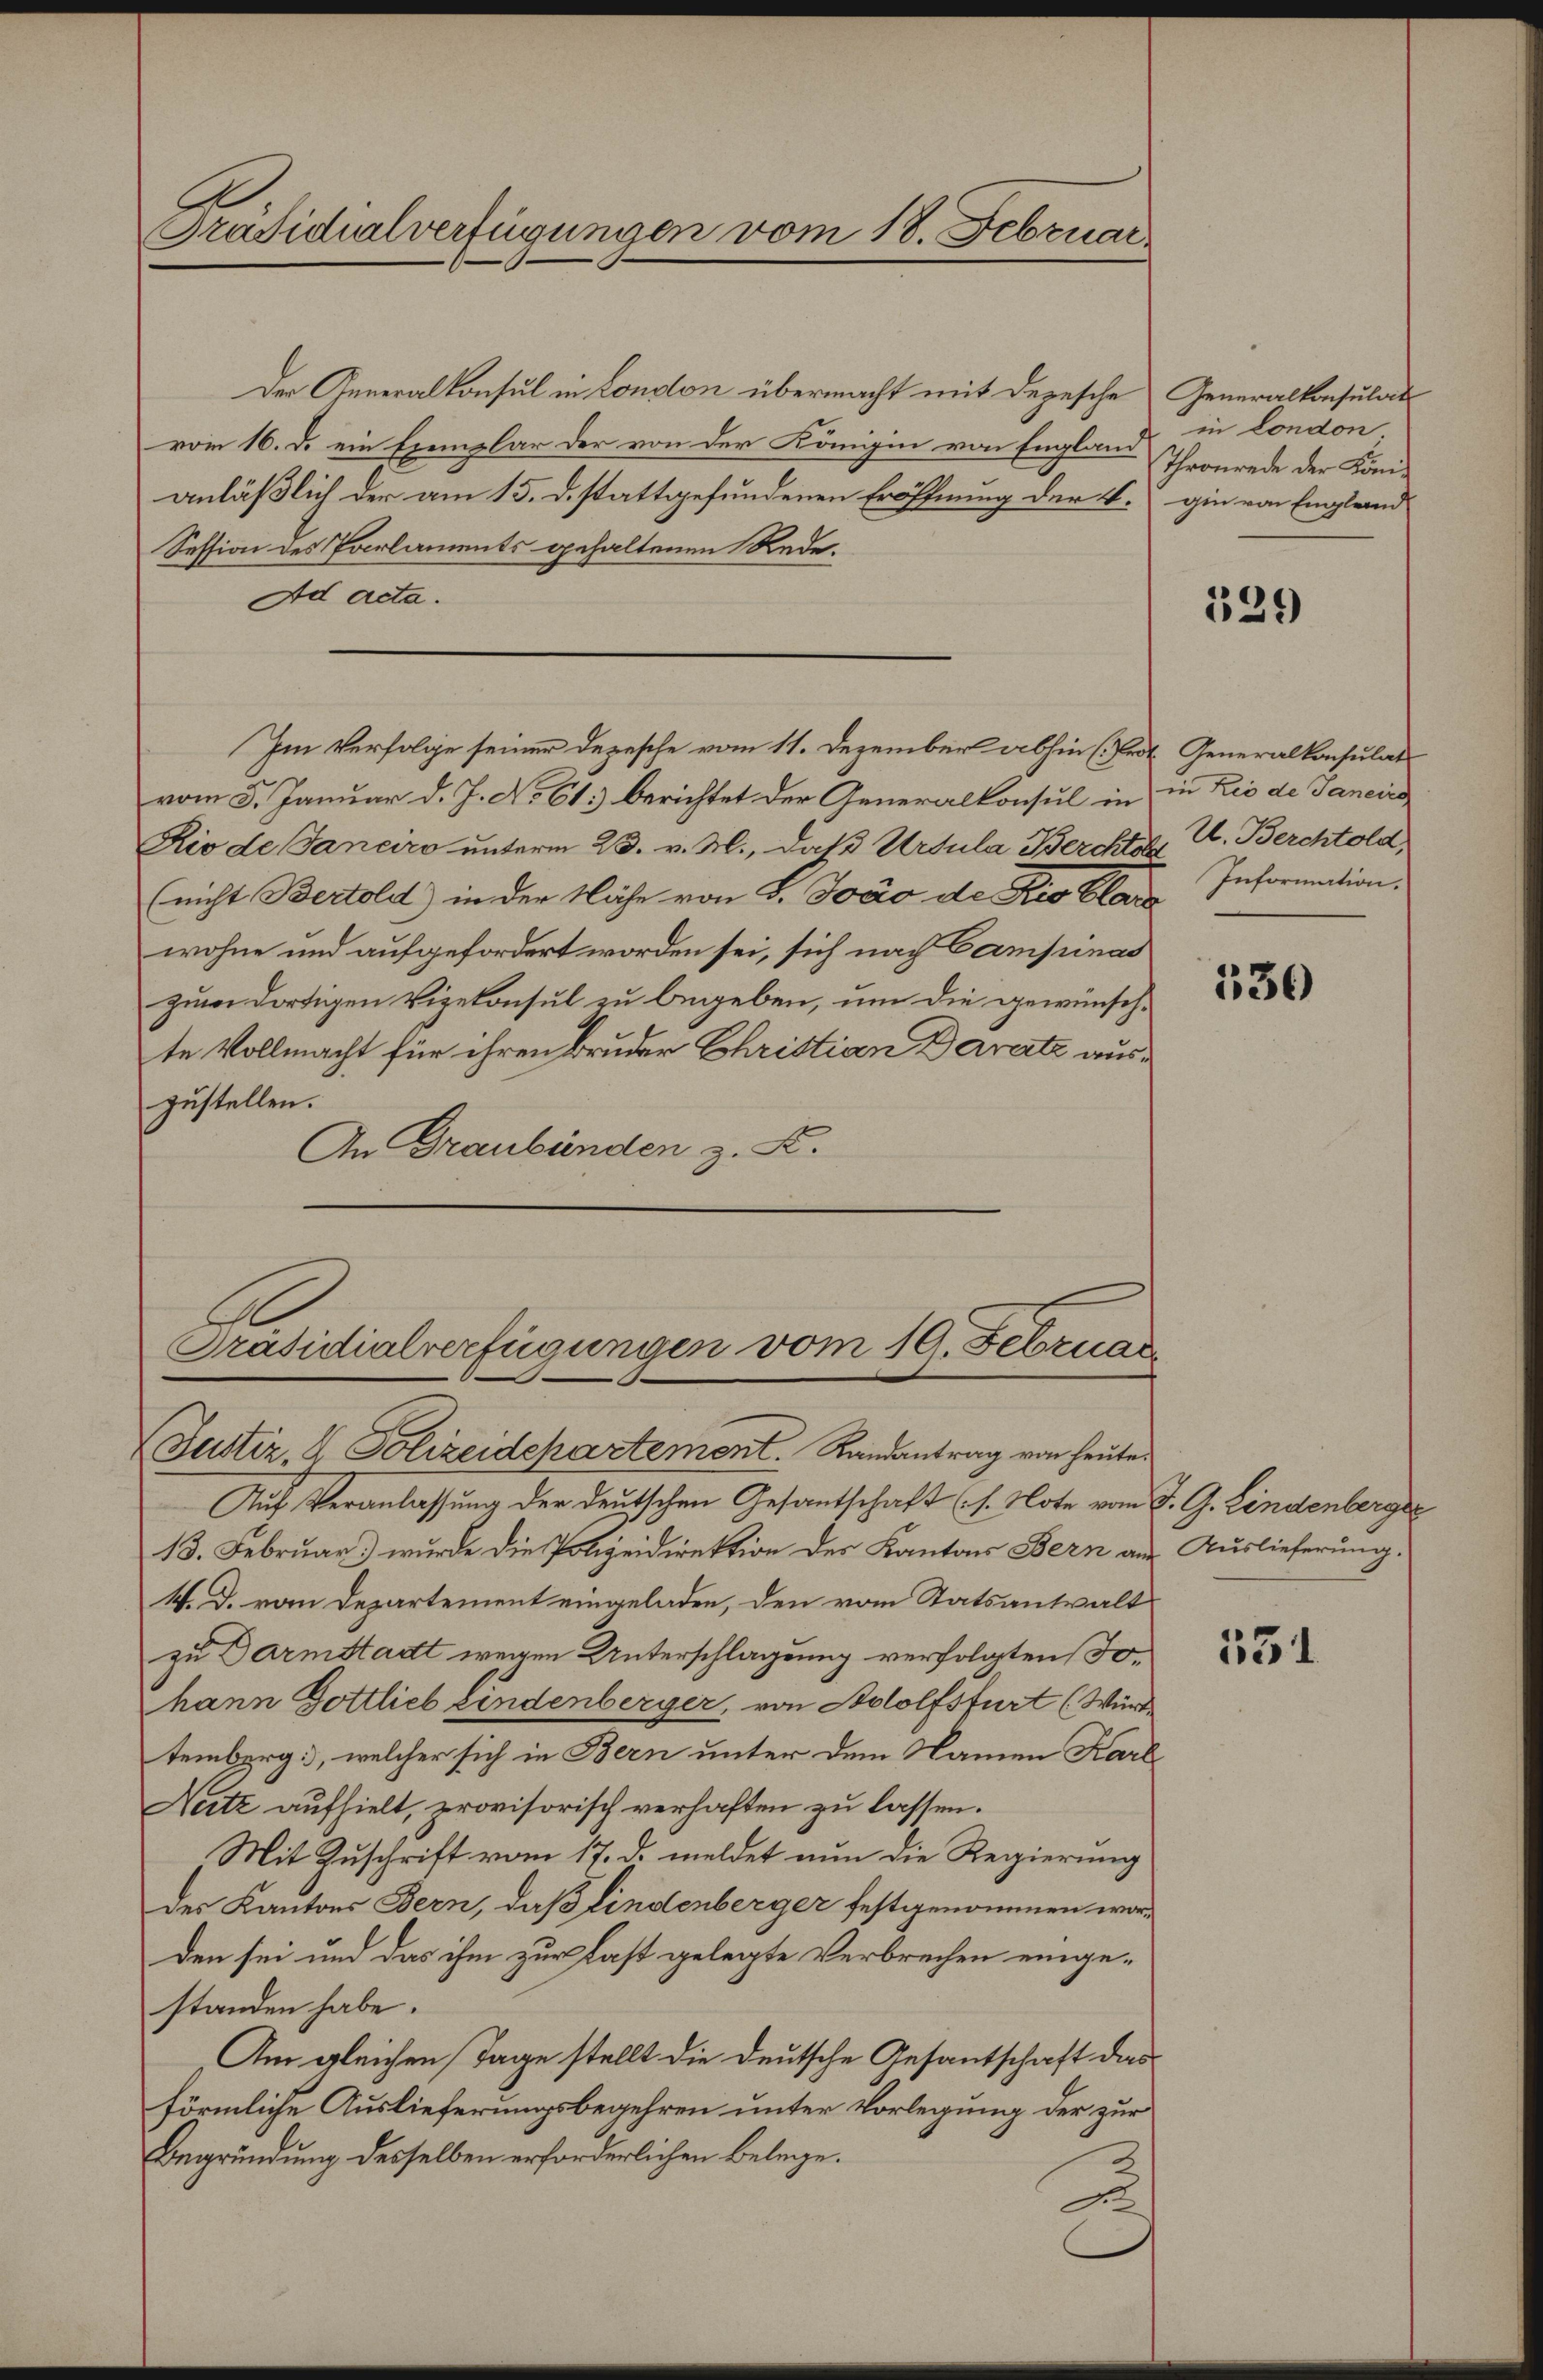
Präsidialverfügungen vom 18. Februar.

Der Generalkonsul in London übermacht mit Depesche Generalkonsulat
vom 16. d. ein Exemplar der von der Königin von England
anläßlich der am 15. d. stattgefundenen Eröffnung der 4. gin von Englernd
Session des Parlaments gehaltenen Rede.
Ad acta.
vom 5. Januar d. J. No 61. berichtet der Generalkonsul in
Rio de Janeiro unterm 23. v. M., daß Ursula Berchtet, V. Berchtold,
(nicht Bertold) in der Nähe von L. Jovo de Rio Clara
wohne und aufgefordert worden sei, sich nach Campinas
zum dortigen Vizekonsul zu begeben, um die gewünschte Vollmacht für ihren Bruder Christian Daratz auszustellen.
An Graubünden z. B.

Im Verfolge seiner Depesche vom 11. Dezember abhin (Frl. Generalkonseiles

Präsidialverfügungen vom 19. Februar
Iuster, 1 Polizeidchartement. Randantrag von heute

Auf Veranlassung der deutschen Gesantschaft (s. Note vom J. G. Lindenberger
13. Februar.) wurde die Polizeidirektion des Kantons Bern am Auslieferung.
4. d. vom Departement eingeladen, den vom Statsanwalt
zu Darmstadt wegen Unterschlagung verfolgten Johann Gottlieb Lindenberger, von Adolfsfurt (Würde
temberg, welcher sich in Bern unter dem Namen Karl
Neitz aufhielt, provisorisch verhaften zu lassen.
„Mit Zuschrift vom 17. d. meldet nun die Regierung
des Kantons Bern, daß lindenberger festgenommen worden sei und das ihm zur Last gelegte Verbrechen eingestanden habe.
Am gleichen Tage stellt die Deutsche Gesantschaft das
förmliche Auslieferungsbegehren unter Vorlegung der zur
Begründung desselben erforderlichen Belege.
1
.

in London.
Thronrede der Köni¬

539

in Bei de Janeiro
Information.

530

551